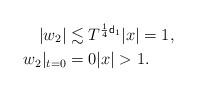
LaTeX: \begin{align*} |w_2| &\lesssim T^{\frac{1}{4}{\sf d}_1} |x|=1, \\ w_2|_{t=0} &= 0 |x|>1. \end{align*}